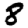
Digit: 8